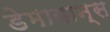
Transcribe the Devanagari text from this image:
डेमायान्स